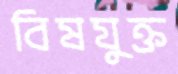
বিষযুক্ত